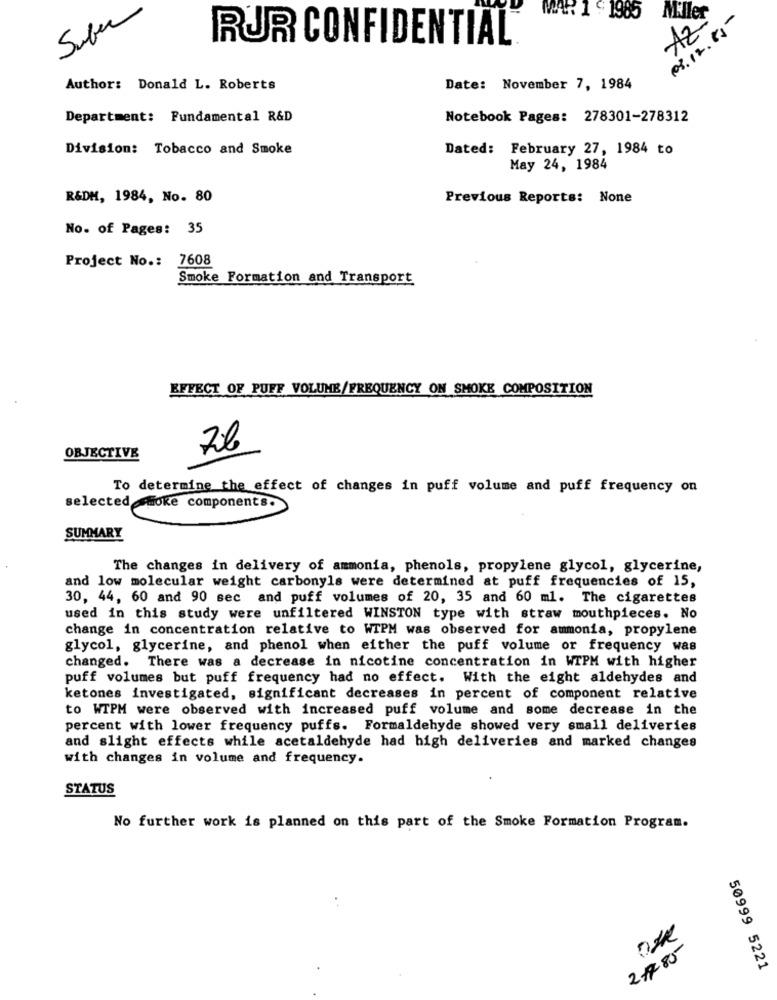
Saber
MAR I ~ 1985
Miller
08.12.15-
AZ
RUR CONFIDENTIAL
Author: Donald L. Roberts
Date: November 7, 1984
Department: Fundamental R&D
Notebook Pages: 278301-278312
Division: Tobacco and Smoke
Dated: February 27, 1984 to
May 24, 1984
R&DM, 1984, No. 80
Previous Reports: None
No. of Pages: 35
Project No .: 7608
Smoke Formation and Transport
EFFECT OF PUFF VOLUME/FREQUENCY ON SMOKE COMPOSITION
OBJECTIVE
To determine the effect of changes in puff volume and puff frequency on
selected Hoke components.
SUMMARY
The changes in delivery of ammonia, phenols, propylene glycol, glycerine,
and low molecular weight carbonyls were determined at puff frequencies of 15,
30, 44, 60 and 90 sec and puff volumes of 20, 35 and 60 ml. The cigarettes
used in this study were unfiltered WINSTON type with straw mouthpieces. No
change in concentration relative to WTPM was observed for ammonia, propylene
glycol, glycerine, and phenol when either the puff volume or frequency was
changed. There was a decrease in nicotine concentration in WIPM with higher
puff volumes but puff frequency had no effect. With the eight aldehydes and
ketones investigated, significant decreases in percent of component relative
to WTPM were observed with increased puff volume and some decrease in the
percent with lower frequency puffs. Formaldehyde showed very small deliveries
and slight effects while acetaldehyde had high deliveries and marked changes
with changes in volume and frequency.
STATUS
No further work is planned on this part of the Smoke Formation Program.
2185
50999 5221